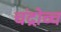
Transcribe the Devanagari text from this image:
चंद्रोच्च